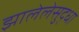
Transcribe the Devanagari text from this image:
झालेलेसुद्धा